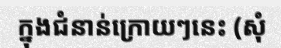
ក្នុងជំនាន់ក្រោយៗនេះ (សុំ